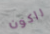
راكون